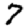
Digit: 7